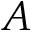
\boldsymbol { A }